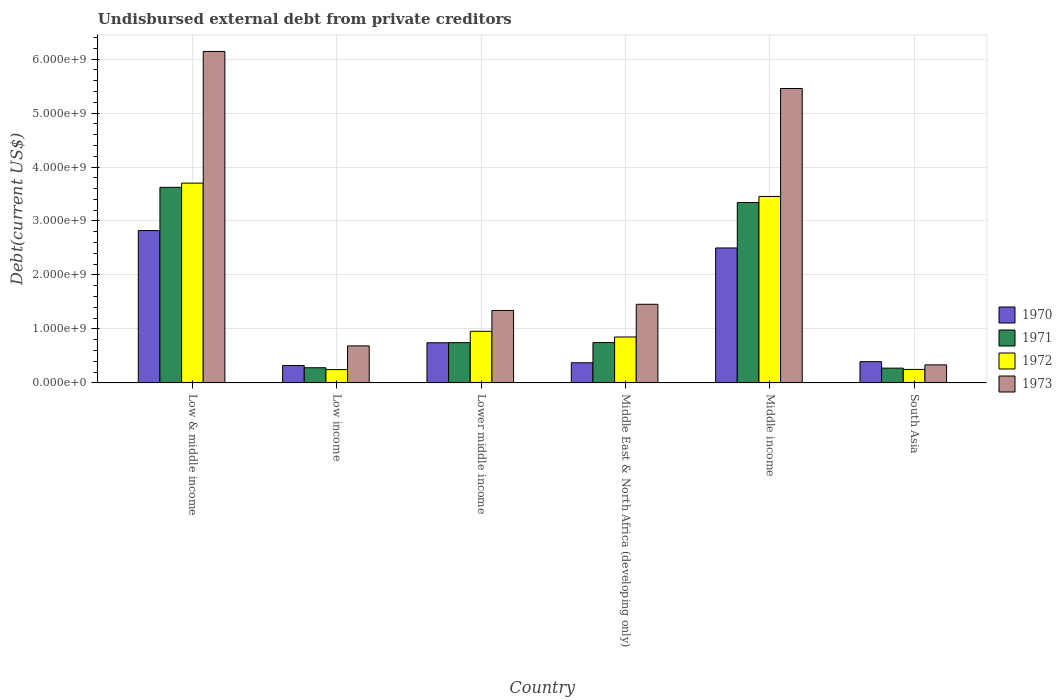
| Country | 1970 | 1971 | 1972 | 1973 |
 | --- | --- | --- | --- | --- |
 | Low & middle income | 2.82e+09 | 3.62e+09 | 3.7e+09 | 6.14e+09 |
 | Low income | 3.22e+08 | 2.82e+08 | 2.47e+08 | 6.86e+08 |
 | Lower middle income | 7.44e+08 | 7.46e+08 | 9.57e+08 | 1.34e+09 |
 | Middle East & North Africa (developing only) | 3.74e+08 | 7.48e+08 | 8.51e+08 | 1.46e+09 |
 | Middle income | 2.5e+09 | 3.34e+09 | 3.45e+09 | 5.45e+09 |
 | South Asia | 3.94e+08 | 2.74e+08 | 2.5e+08 | 3.35e+08 |